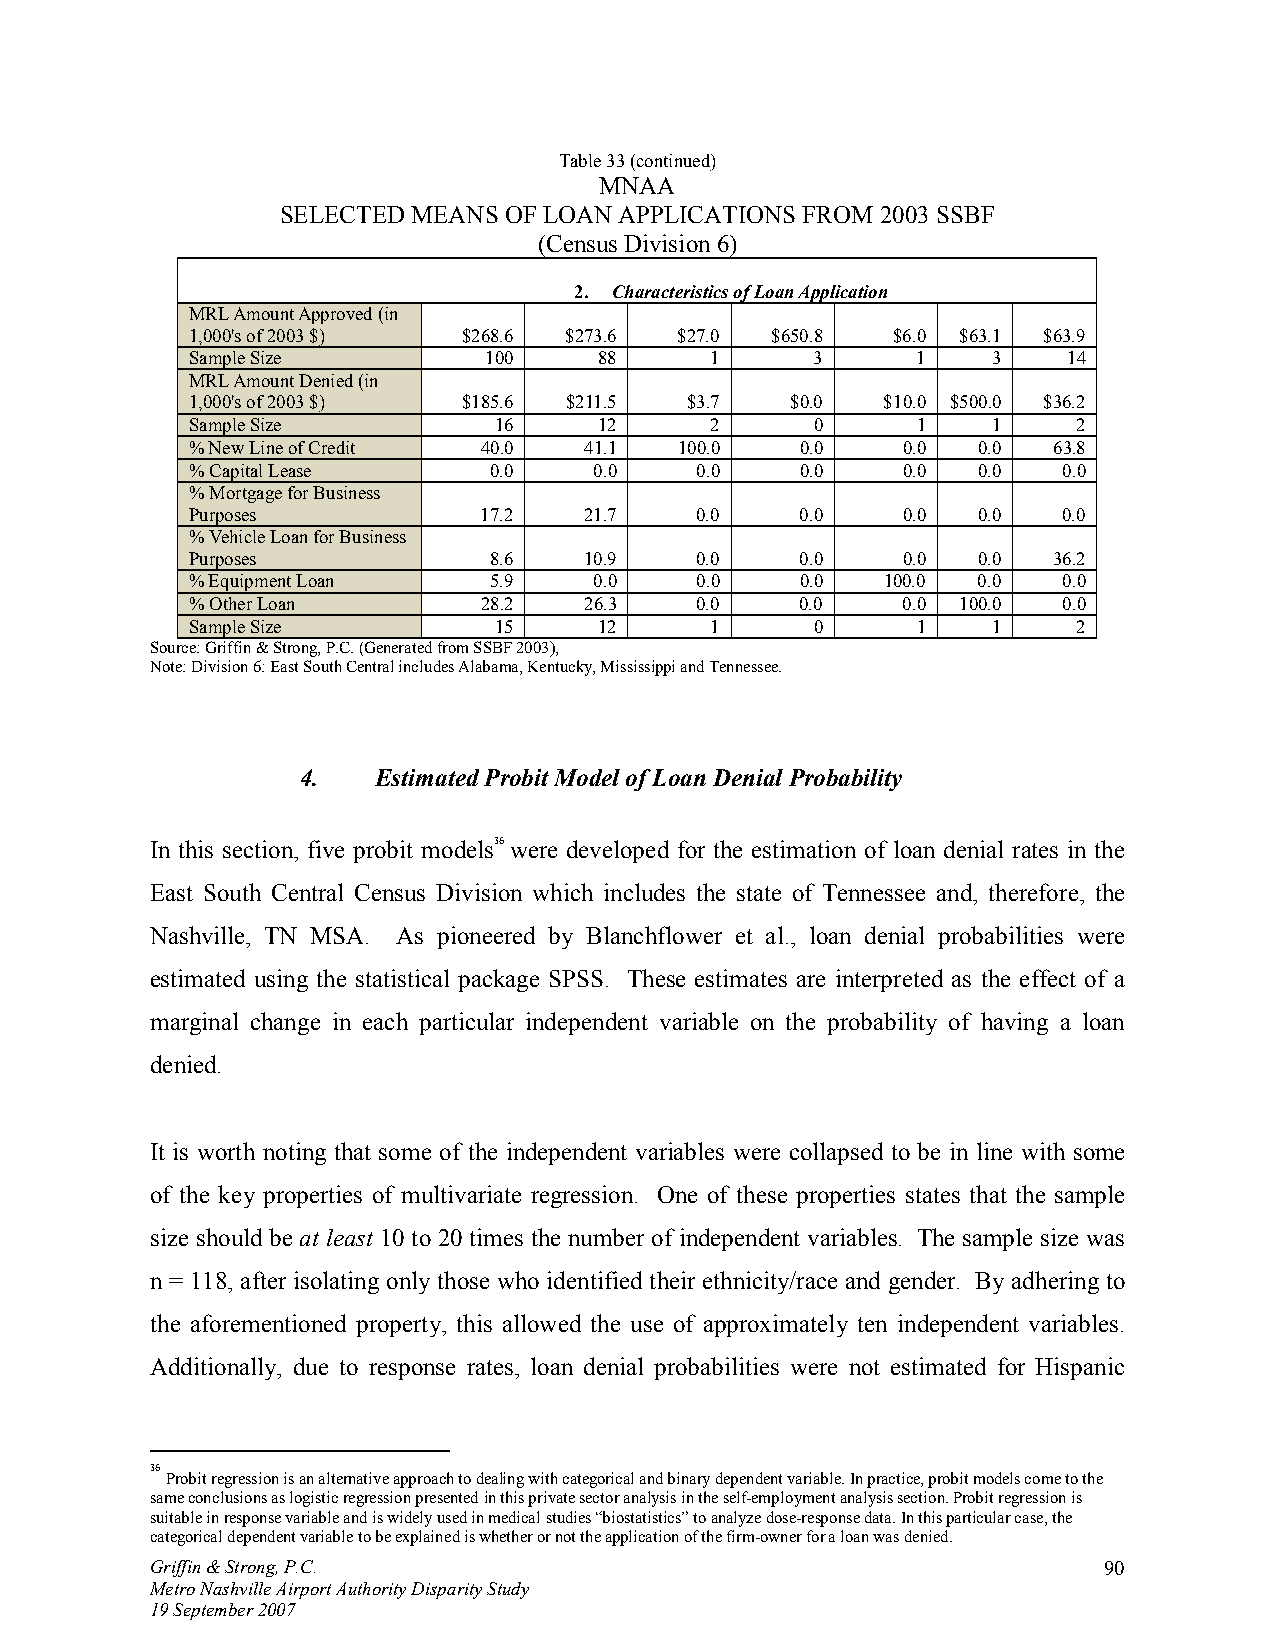
Table 33 (continued)
 MNAA
 SELECTED MEANS OF LOAN APPLICATIONS FROM 2003 SSBF
 (Census Division 6)
 2. Characteristics of Loan Application
 MRL Amount Approved (in
 1,000's of 2003 $) $268.6 $273.6 $27.0 $650.8 $6.0 $63.1 $63.9
 Sample Size        100     88     1      3      1    3    14
 MRL Amount Denied (in
 1,000's of 2003 $) $185.6 $211.5 $3.7  $0.0   $10.0 $500.0 $36.2
 Sample Size         16     12     2      0      1    1    2
 % New Line of Credit 40.0 41.1  100.0   0.0    0.0  0.0  63.8
 % Capital Lease    0.0    0.0    0.0    0.0    0.0  0.0  0.0
 % Mortgage for Business
 Purposes           17.2   21.7   0.0    0.0    0.0  0.0  0.0
 % Vehicle Loan for Business
 Purposes           8.6    10.9   0.0    0.0    0.0  0.0  36.2
 % Equipment Loan   5.9    0.0    0.0    0.0   100.0 0.0  0.0
 % Other Loan       28.2   26.3   0.0    0.0    0.0 100.0 0.0
 Sample Size         15     12     1      0      1    1    2
 Source: Griffin & Strong, P.C. (Generated from SSBF 2003),
 Note: Division 6: East South Central includes Alabama, Kentucky, Mississippi and Tennessee.
 4.   Estimated Probit Model of Loan Denial Probability
 In this section, five probit models36were developed for the estimation of loan denial rates in the
 East South Central Census Division which includes the state of Tennessee and, therefore, the
 Nashville, TN MSA. As pioneered by Blanchflower et al., loan denial probabilities were
 estimated using the statistical package SPSS. These estimates are interpreted as the effect of a
 marginal change in each particular independent variable on the probability of having a loan
 denied.
 It is worth noting that some of the independent variables were collapsed to be in line with some
 of the key properties of multivariate regression. One of these properties states that the sample
 size should be at least 10 to 20 times the number of independent variables. The sample size was
 n = 118, after isolating only those who identified their ethnicity/race and gender. By adhering to
 the aforementioned property, this allowed the use of approximately ten independent variables.
 Additionally, due to response rates, loan denial probabilities were not estimated for Hispanic
 36
 Probit regression is an alternative approach to dealing with categorical and binary dependent variable. In practice, probit models come to the
 same conclusions as logistic regression presented in this private sector analysis in the self-employment analysis section. Probit regression is
 suitable in response variable and is widely used in medical studies “biostatistics” to analyze dose-response data. In this particular case, the
 categorical dependent variable to be explained is whether or not the application of the firm-owner for a loan was denied.
 Griffin & Strong, P.C.                                         90
 Metro Nashville Airport Authority Disparity Study
 19 September 2007